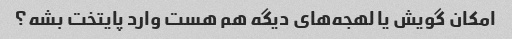
امکان گویش یا لهجه‌های دیگه هم هست وارد پایتخت بشه؟